画像に写った文字を読んでください
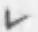
「レ」と書いてあります